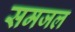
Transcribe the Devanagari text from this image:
समजल